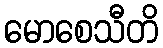
မောစေသီတိ